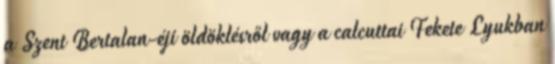
a Szent Bertalan-éji öldöklésről vagy a calcuttai Fekete Lyukban